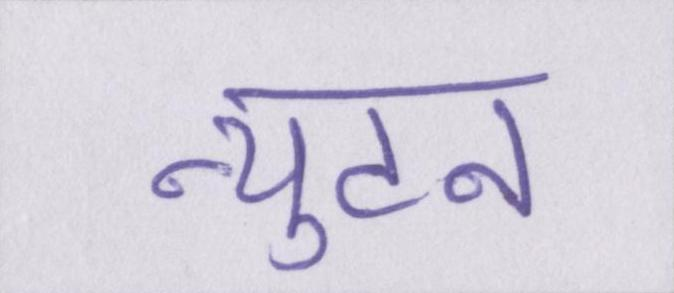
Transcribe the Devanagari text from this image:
न्युटन